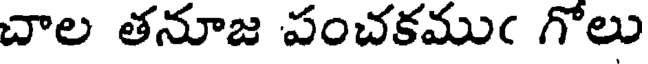
చాల తనూజ పంచకముఁ గోలు